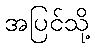
အပြင်သို့